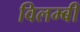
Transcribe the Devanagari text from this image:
विलम्बी